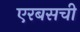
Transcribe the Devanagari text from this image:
एरबसची